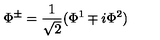
\Phi ^ { \pm } = \frac { 1 } { \sqrt { 2 } } ( \Phi ^ { 1 } \mp i \Phi ^ { 2 } )